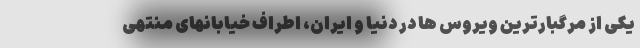
یکی از مرگبارترین ویروس ها در دنیا و ایران، اطراف خیابانهای منتهی